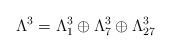
\begin{align*} \Lambda^3= \Lambda^3_1\oplus\Lambda^3_7\oplus\Lambda^3_{27}\end{align*}